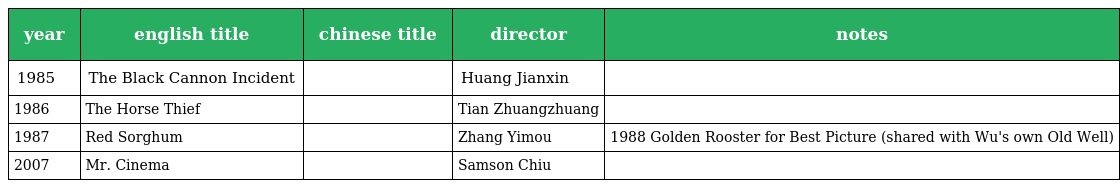
| year | english title | chinese title | director | notes |
 | --- | --- | --- | --- | --- |
 | 1985 | The Black Cannon Incident | 黑炮事件 | Huang Jianxin |  |
 | 1986 | The Horse Thief | 盗马贼 | Tian Zhuangzhuang |  |
 | 1987 | Red Sorghum | 紅高梁 | Zhang Yimou | 1988 Golden Rooster for Best Picture (shared with Wu's own Old Well) |
 | 2007 | Mr. Cinema | 老港正传 | Samson Chiu |  |